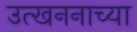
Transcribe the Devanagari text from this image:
उत्खननाच्या